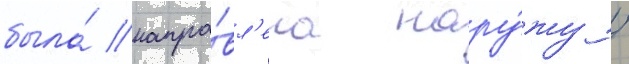
была́ напра́вл'ена нару́жу /